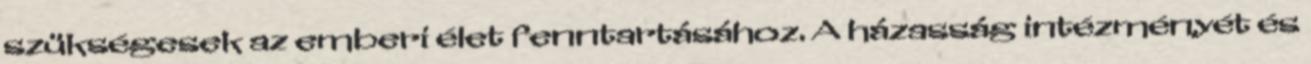
szükségesek az emberi élet fenntartásához. A házasság intézményét és